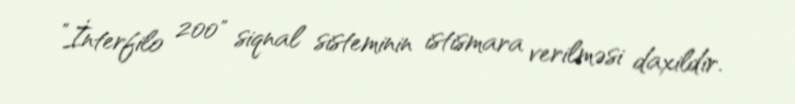
”İnterfilo 200" siqnal sisteminin istismara verilməsi daxildir.